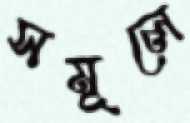
সমূলে